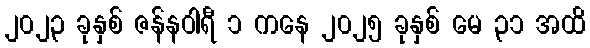
၂၀၂၃ ခုနှစ် ဇန်နဝါရီ ၁ ကနေ ၂၀၂၅ ခုနှစ် မေ ၃၁ အထိ